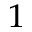
^ 1